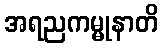
အရညကမ္မုနာတိ